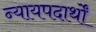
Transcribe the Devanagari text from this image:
न्यायपदार्थों